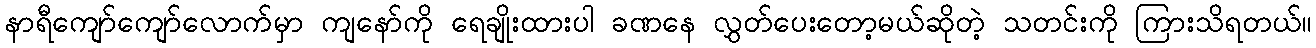
နာရီကျော်ကျော်လောက်မှာ ကျနော်ကို ရေချိုးထားပါ ခဏနေ လွှတ်ပေးတော့မယ်ဆိုတဲ့ သတင်းကို ကြားသိရတယ်။